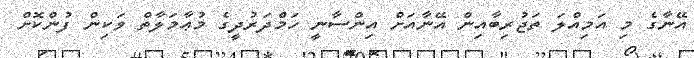
އޭނާގެ މި އަމިއްލަ ތަޖުރިބާއިން އޭނާއަށް އިންސާނީ ހަމްދަރުދީގެ މުޢާމަލާތް ވަކިން ފުންކޮށް